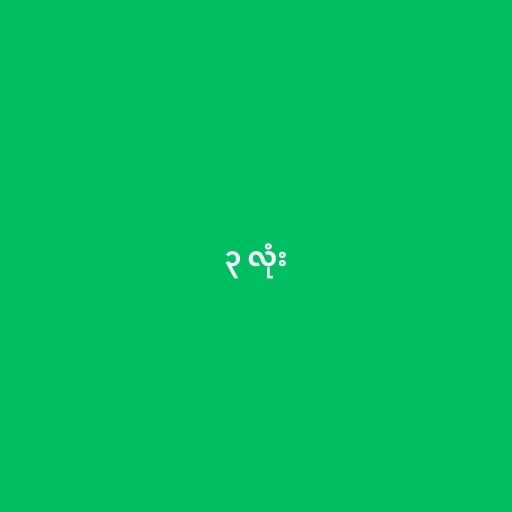
၃ လုံး